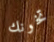
تخونك